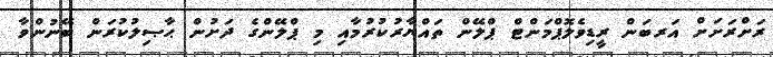
ރަށްރަށަށް އަރބަން ރީޑިވެލޮޕްމަންޓް ޕްލޭން ތައްޔާރުކުރުމާއި މި ޕްލޭންގެ ދަށުން ޙާޞިލުކުރަން ބޭނުންވާ